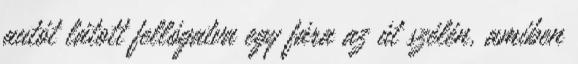
autót látott fellógatva egy fára az út szélén, amiben